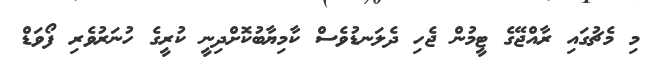
މި މެޗުގައި ރާއްޖޭގެ ޓީމުން ޖެހި ދެލަނޑުވެސް ކާމިޔާބުކޮށްދިނީ ކުރީގެ ހުނަރުވެރި ފޯވަޑް